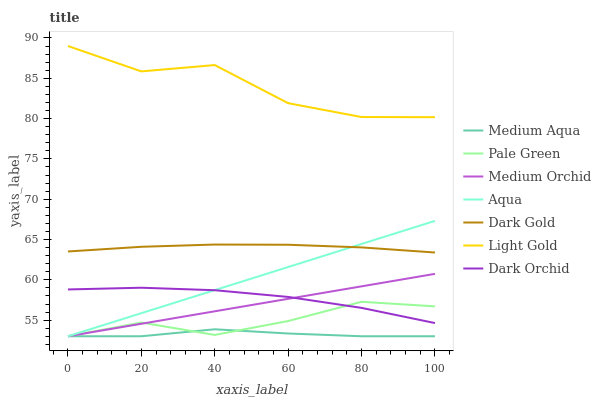
| xaxis_label | Medium Aqua | Pale Green | Medium Orchid | Aqua | Dark Gold | Light Gold | Dark Orchid |
 | --- | --- | --- | --- | --- | --- | --- | --- |
 | 0 | 53 | 53 | 53 | 53 | 63.5 | 89 | 58.8 |
 | 20 | 53 | 54.7 | 54.5 | 55.9 | 64.1 | 85.9 | 59 |
 | 40 | 53.9 | 53.2 | 56.1 | 58.7 | 64.4 | 86.6 | 58.7 |
 | 60 | 53.3 | 54.9 | 57.6 | 61.6 | 64.4 | 81.9 | 57.9 |
 | 80 | 53 | 57.3 | 59.2 | 64.4 | 64 | 80.2 | 56.5 |
 | 100 | 53 | 56.7 | 60.7 | 67.3 | 63.4 | 80.2 | 54.6 |